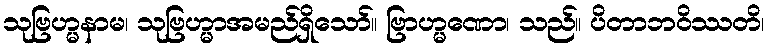
သုဗြဟ္မနာမ၊ သုဗြဟ္မာအမည်ရှိသော်။ ဗြာဟ္မဏော၊ သည်။ ပိတာဘဝိဿတိ၊